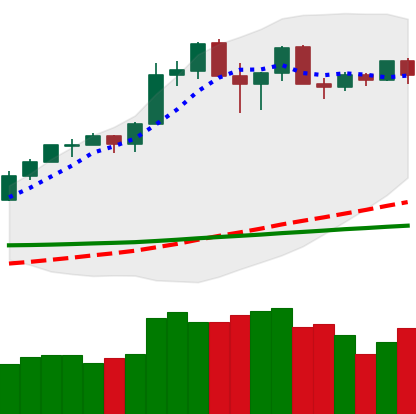
Ticker: ETH-USD
Chart end date: 2020-02-24
Forward return: -17.106%
Label: down_7plus